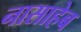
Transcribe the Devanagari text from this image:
नासाहेब